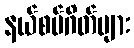
နယ်စပ်ဂိတ်များ